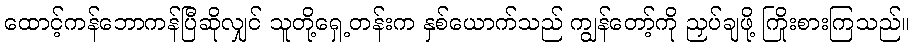
ထောင့်ကန်ဘောကန်ပြီဆိုလျှင် သူတို့ရှေ့တန်းက နှစ်ယောက်သည် ကျွန်တော့်ကို ညှပ်ချဖို့ ကြိုးစားကြသည်။